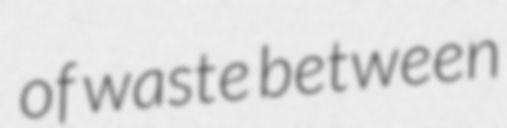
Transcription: of waste between